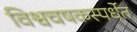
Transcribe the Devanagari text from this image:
विश्वचषकस्पर्धेत